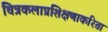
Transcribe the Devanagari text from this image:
चित्रकलाप्रशिक्षणाकरिता